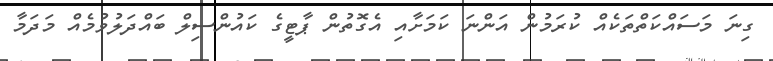
ގިނަ މަސައްކަތްތަކެއް ކުރަމުން އަންނަ ކަމަށާއި އެގޮތުން ޕާޓީގެ ކައުންސިލް ބައްދަލުވުމެއް މަދަމާ